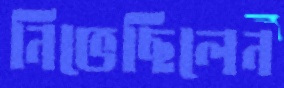
নিভেছিলেন